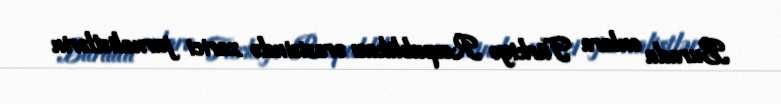
Burada onlara Türkiyə Respublikası ərazisində xarici jurnalistlərin